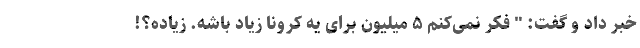
خبر داد و گفت: " فکر نمی‌کنم ۵ میلیون برای یه کرونا زیاد باشه. زیاده؟!